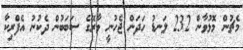
މެޗުން މޮޅުވާން 232 ލަނޑު ހަދަން ޖެހުނީ ވާރޭގެ ސަބަބުން ދެކުނު އެފްރިކާ